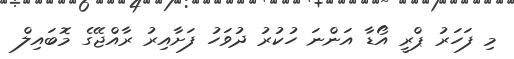
މި ފަހަރު ޕްރީ އޯޑާ އަންނަ ހުކުރު ދުވަހު ފަށާއިރު ރާއްޖޭގެ މޮބައިލް